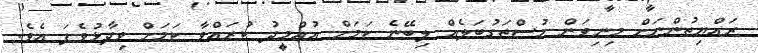
ރައްޔިތުންނަށް މިނިވަން މުސްތަގުބަލެއް ލިބޭނެ ކަމަށް އުއްމީދު ކުރައްވާ ކަމަށް ވިދާޅުވެފަ އެވެ.